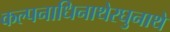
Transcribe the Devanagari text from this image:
कल्पनाधिनाथेरघुनाथे